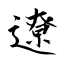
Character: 遼